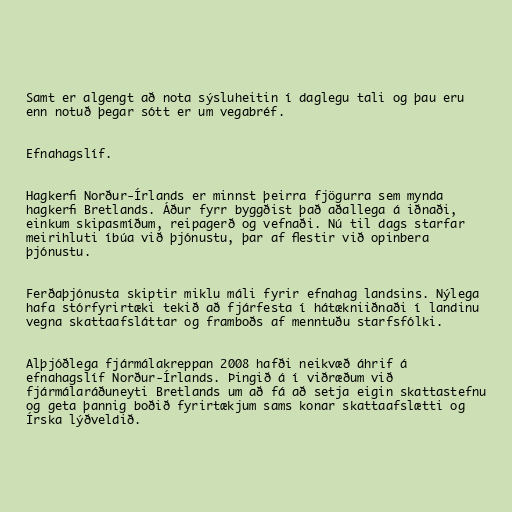
Samt er algengt að nota sýsluheitin í daglegu tali og þau eru
enn notuð þegar sótt er um vegabréf.

Efnahagslíf.

Hagkerfi Norður-Írlands er minnst þeirra fjögurra sem mynda
hagkerfi Bretlands. Áður fyrr byggðist það aðallega á iðnaði,
einkum skipasmíðum, reipagerð og vefnaði. Nú til dags starfar
meirihluti íbúa við þjónustu, þar af flestir við opinbera
þjónustu.

Ferðaþjónusta skiptir miklu máli fyrir efnahag landsins. Nýlega
hafa stórfyrirtæki tekið að fjárfesta í hátækniiðnaði í landinu
vegna skattaafsláttar og framboðs af menntuðu starfsfólki.

Alþjóðlega fjármálakreppan 2008 hafði neikvæð áhrif á
efnahagslíf Norður-Írlands. Þingið á í viðræðum við
fjármálaráðuneyti Bretlands um að fá að setja eigin skattastefnu
og geta þannig boðið fyrirtækjum sams konar skattaafslætti og
Írska lýðveldið.